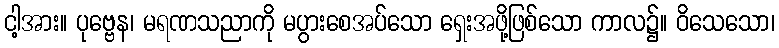
ငါ့အား။ ပုဗ္ဗေန၊ မရဏသညာကို မပွားစေအပ်သော ရှေးအဖို့ဖြစ်သော ကာလ၌။ ဝိသေသော၊